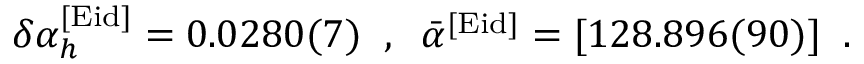
\delta \alpha _ { h } ^ { [ \mathrm { E i d } ] } = 0 . 0 2 8 0 ( 7 ) \; \; , \; \; \bar { \alpha } ^ { [ \mathrm { E i d } ] } = [ 1 2 8 . 8 9 6 ( 9 0 ) ] \; \; .